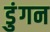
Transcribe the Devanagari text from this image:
डुंगन